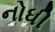
નોધી